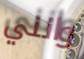
وانني